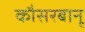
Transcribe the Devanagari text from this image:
कौसरबानू